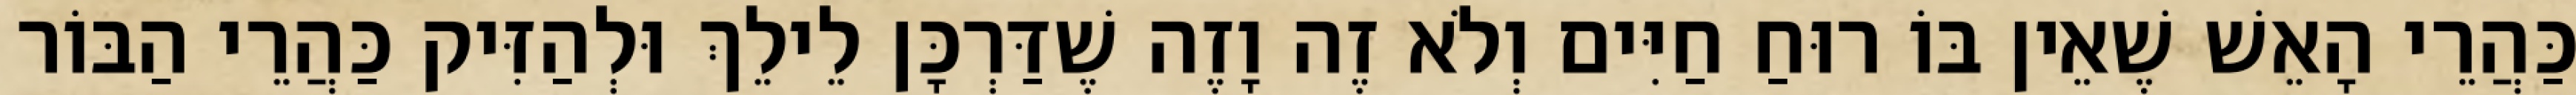
כַּהֲרֵי הָאֵשׁ שֶׁאֵין בּוֹ רוּחַ חַיִּים וְלֹא זֶה וָזֶה שֶׁדַּרְכָּן לֵילֵךְ וּלְהַזִּיק כַּהֲרֵי הַבּוֹר